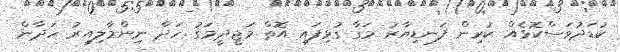
ކުޑަދުވަސްކޮޅެއް ކުރިން ފަނޑިޔާރު މަގާ ގުޅިފައި އޮތް މަޖީދީމަގު ހަދާ ނިންމާލިއިރު ހަދާން